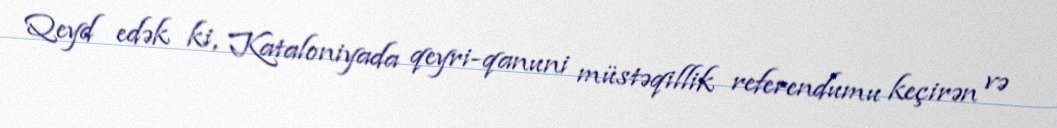
Qeyd edək ki, Kataloniyada qeyri-qanuni müstəqillik referendumu keçirən və